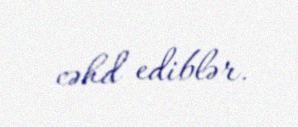
cəhd ediblər.